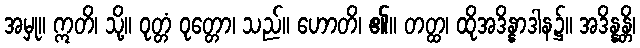
အမှု။ ဣတိ၊ သို့။ ဝုတ္တံ ဝုတ္တော၊ သည်။ ဟောတိ၊ ၏။ တတ္ထ၊ ထိုအဒိန္နာဒါန၌။ အဒိန္နန္တိ၊